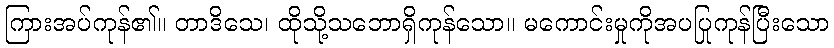
ကြားအပ်ကုန်၏။ တာဒိသေ၊ ထိုသို့သဘောရှိကုန်သော။ မကောင်းမှုကိုအပပြုကုန်ပြီးသော